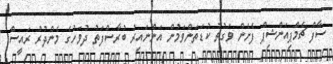
ސާފް ޗެމްޕިއަންޝިޕް ފެށެން ވަގުތު ކުޑަތަންވަމުން އަންނައިރު ބުރާސްފަތު ދުވަހުގެ މެންދުރު ރައީސް